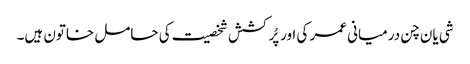
شی یان چن درمیانی عمر کی اور پُرکشش شخصیت کی حامل خاتون ہیں۔